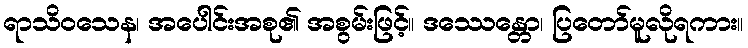
ရာသိဝသေန၊ အပေါင်းအစု၏ အစွမ်းဖြင့်။ ဒဿေန္တော၊ ပြတော်မူလိုရကား။